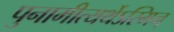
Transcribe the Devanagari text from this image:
पुनामीत्यर्थेऽस्मिन्